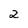
Character: 2